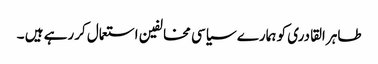
طاہر القادری کو ہمارے سیاسی مخالفین استعمال کررہے ہیں ۔